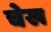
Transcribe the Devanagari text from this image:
चेख